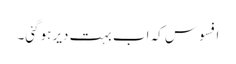
افسوس کہ اب بہت دیر ہوگئی۔